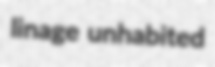
linage unhabited